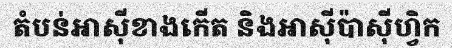
តំបន់អាស៊ីខាងកើត និងអាស៊ីប៉ាស៊ីហ្វិក